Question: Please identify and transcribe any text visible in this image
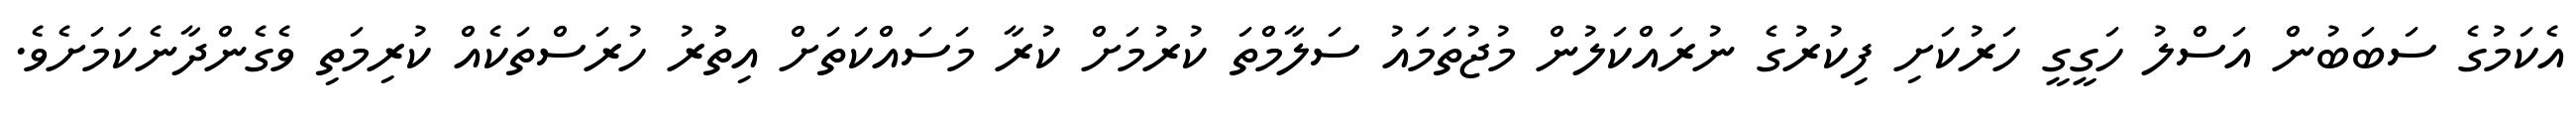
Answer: އެކަމުގެ ސަބަބުން އަސްލު ހަގީގީ ހަރުކަށި ފިކުރުގެ ނުރައްކަލުން މުޖުތަމައު ސަލާމްތަ ކުރުމަށް ކުރާ މަސައްކަތަށް އިތުުރު ހުރަސްތަކެއް ކުރިމަތި ވެގެންދާނެކަމަށެވެ.